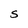
Character: S